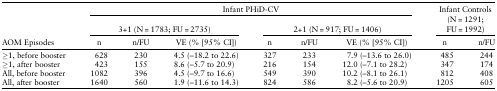
| <ROWSPAN=3> AOM Episodes | <COLSPAN=6> Infant PHiD-CV | <ROWSPAN=2-COLSPAN=2> Infant Controls (N = 1291; FU = 1992) |
 | <COLSPAN=3> 3+1 (N = 1783; FU = 2735) | <COLSPAN=3> 2+1 (N = 917; FU = 1406) |
 | n | n/FU | VE (% [95% CI]) | n | n/FU | VE (% [95% CI]) | n | n/FU |
 | --- | --- | --- | --- | --- | --- | --- | --- | --- |
 | ≥1, before booster | 628 | 230 | 4.5 (–18.2 to 22.6) | 327 | 233 | 7.9 (–13.6 to 26.0) | 485 | 244 |
 | ≥1, after booster | 423 | 155 | 8.6 (–5.7 to 20.9) | 216 | 154 | 12.0 (–7.1 to 28.2) | 347 | 174 |
 | All, before booster | 1082 | 396 | 4.5 (–9.7 to 16.6) | 549 | 390 | 10.2 (–8.1 to 26.1) | 812 | 408 |
 | All, after booster | 1640 | 560 | 1.9 (–11.6 to 14.3) | 824 | 586 | 8.2 (–5.6 to 20.9) | 1205 | 605 |